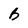
Character: B